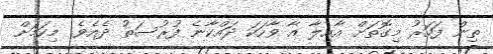
ތިން ފަހަރު މިގޮތަށް އާއިލާ އާ ވާހަކަ ދައްކާނެ ފުރުސަތު ދެއެވެ. މިކަމަށް